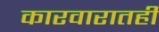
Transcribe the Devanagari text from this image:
कारवारातही